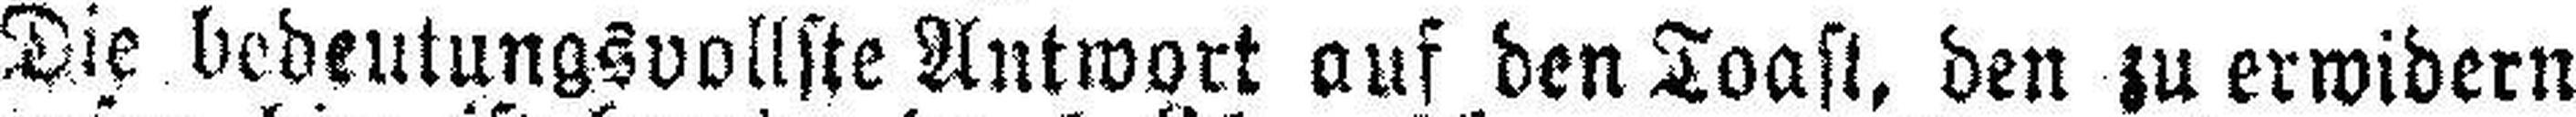
Die bedeutungsvollste Antwort auf den Toast, den zu erwidern